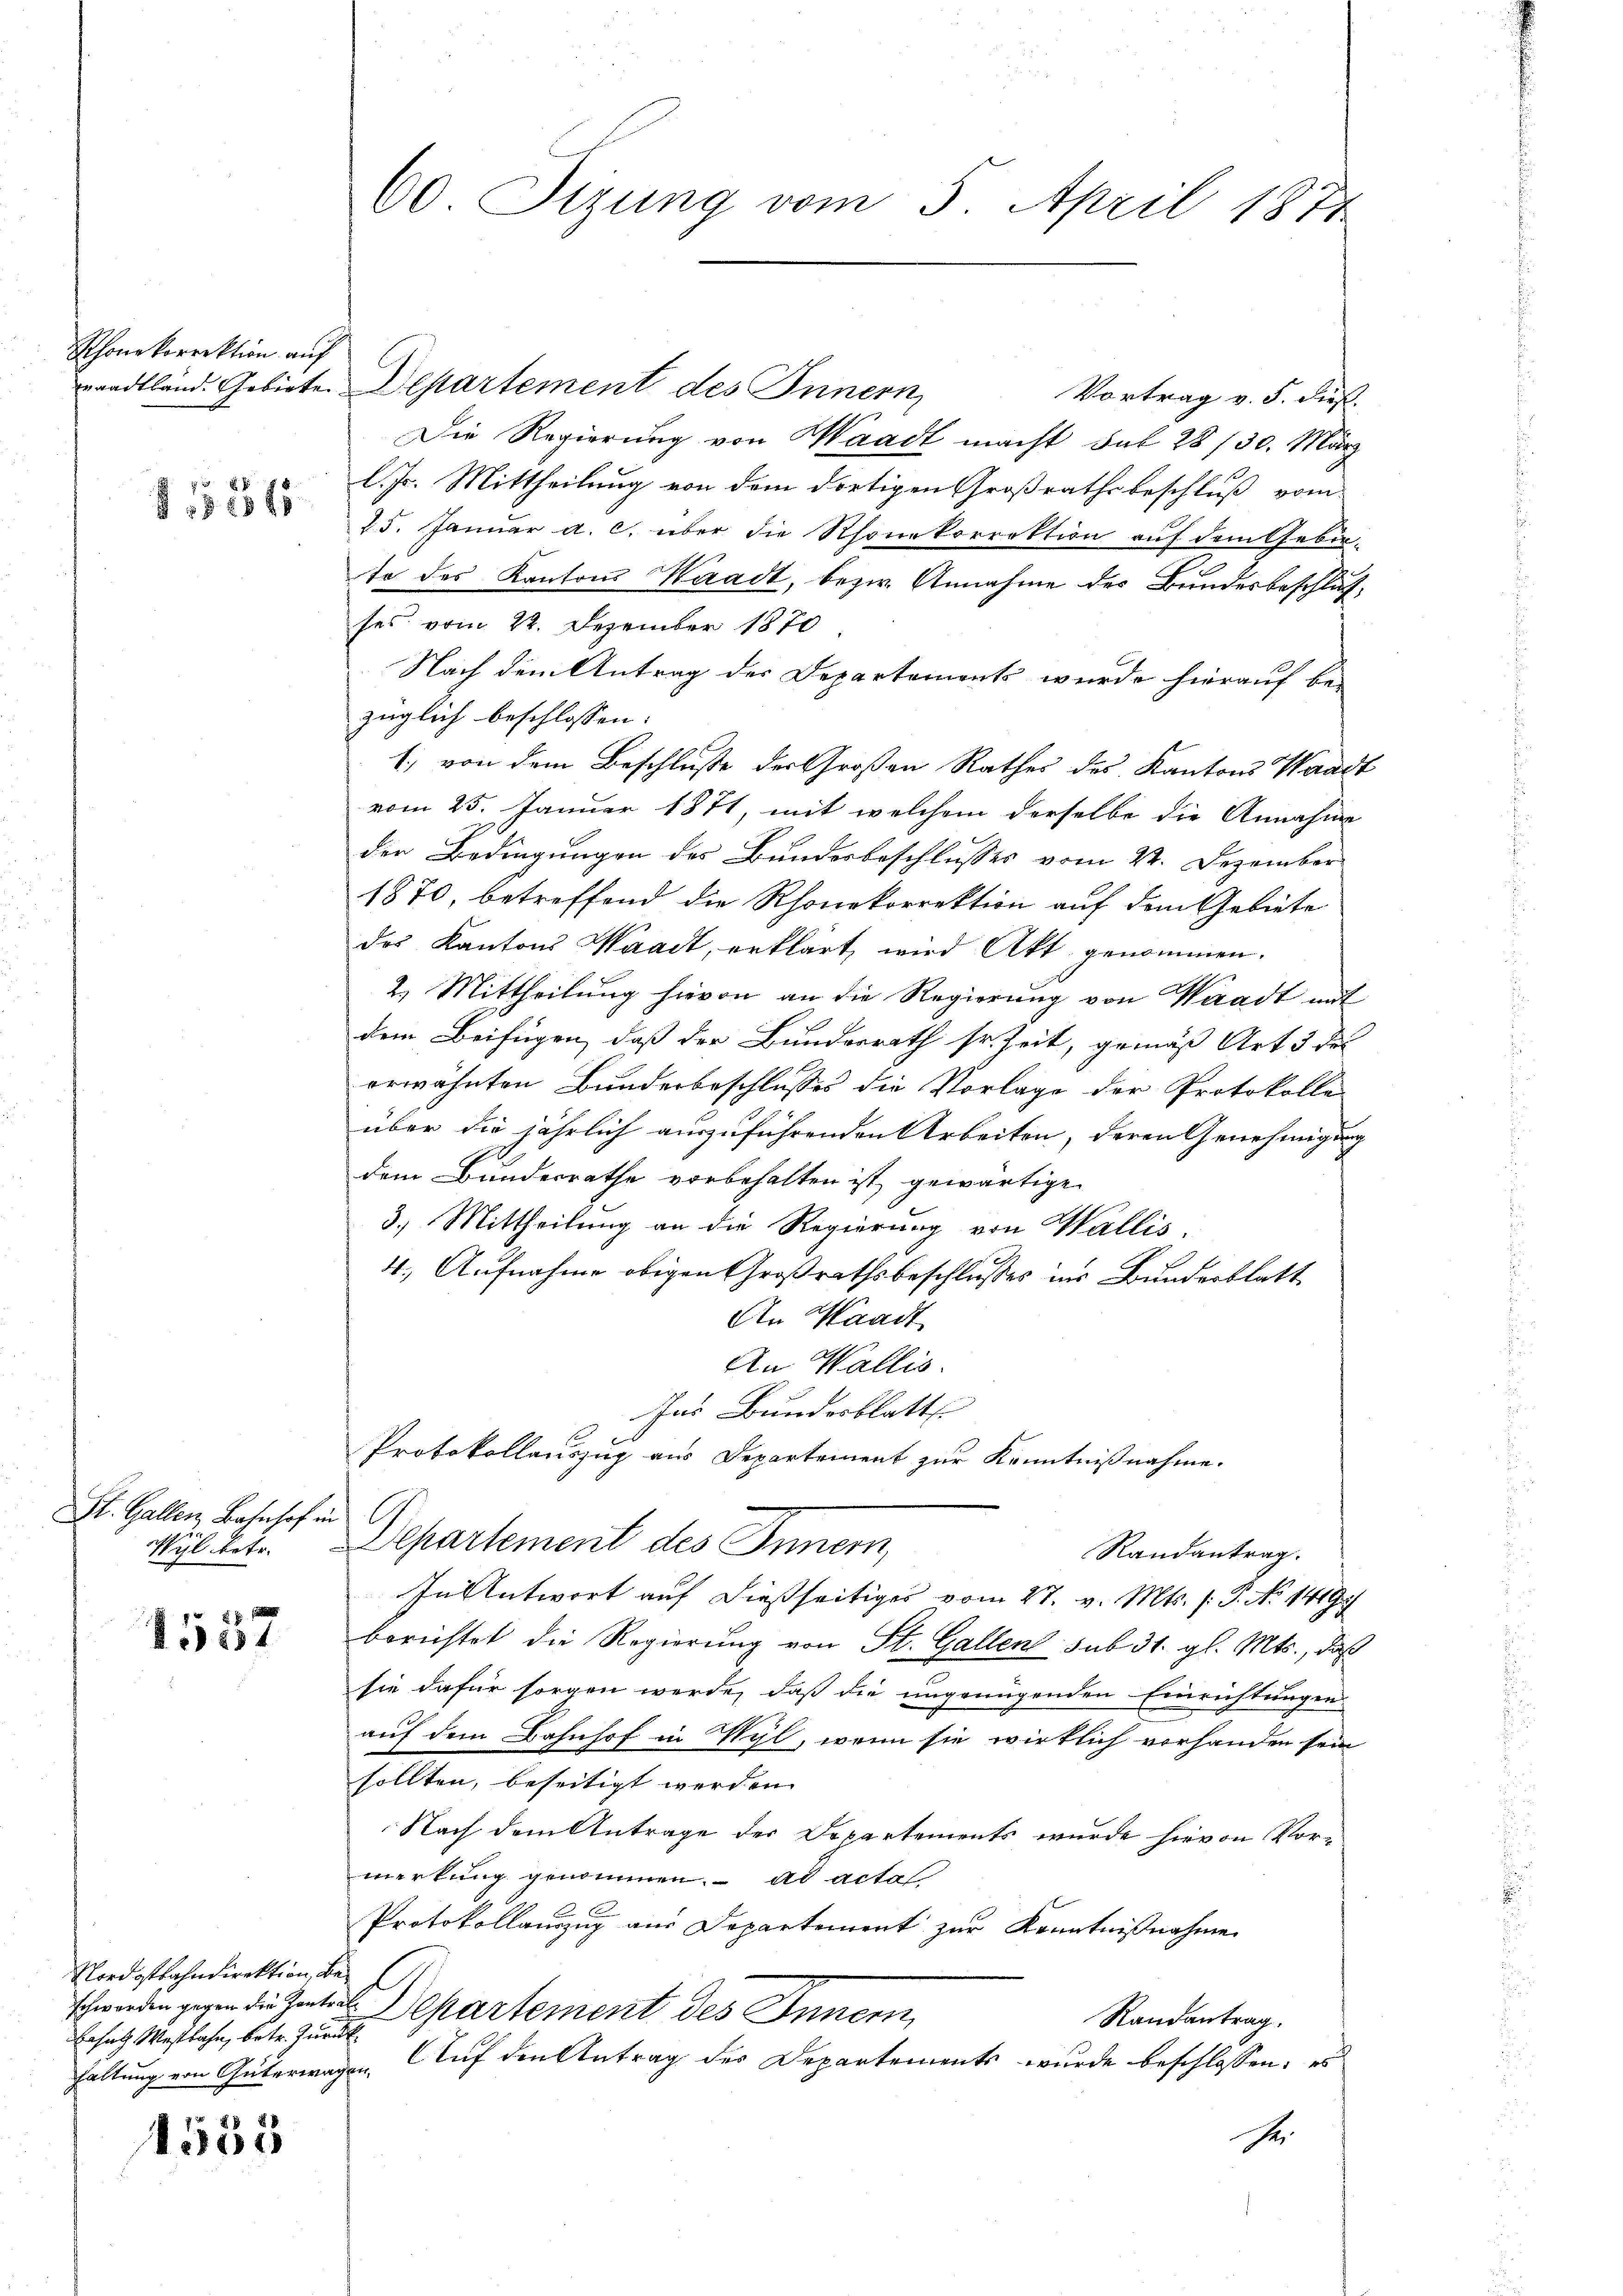
Schöne korrektion auf

1556

St. Gallenz, Bahnhof in

1557

Nordostbahndirektion, bei
Ersatz Westbahn, betr. Zurück

1555

waadtländ. Gebiete. Departement des Innern
Vortrag v. 5. dieß.
Die Regierung von Waadt macht sub 28/30. März
l. Js. Mittheilung von dem dortigen Großrathsbeschluß vom
25. Januar a. c. über die Rhonekorrektion auf dem Gebir-
te des Kantons Waadt, bezw. Annahme des Bundesbeschluß,
ses vom 22. Dezember 1870
Nach dem Antrag der Departements wurde hierauf bezüglich beschlossen: |
1) von dem Beschluße der Großen Rathes des Kantons Waadt
vom 25. Januar 1871, mit welchem derselbe die Annahme
der Bedingungen des Bundesbeschlusses vom 22. Dezember
1870, betreffend die Rhonekorrektion auf dem Gebiete
das Kantons Waadt, erklärt, wird Akt genommen.
2.) Mittheilung hievon an die Regierung von Waadt mit
dem Beifügen, daß der Bundesrath sr. Zeit, gemäß Art 3 de
erwähnten Bunderbeschlusses die Vorlage der Protokolle
über die jährlich auszuführenden Arbeiten, deren Genehmigung
dem Bundesrathe vorbehalten ist gewärtige
3.) Mittheilung an die Regierung von Wallis,
4. Aufnahme obigen Großrathsbeschlusses ins Bunderblatt
An Waadt
An Wallis.
Ins Bundesblatt
Protokollauszug aus Departement zur Kenntnißnahme.
wyl betr. Separtement des Innern,
Randantrag.
In Antwort auf dießseitiges vom 27. v. Mts. (: P. No 14197
berichtet die Regierung von St. Gallen sub 31. gl. Mts., daß
sie dafür sorgen werde, daß die ungenügenden Einrichtungen
auf dem Bahnhof in Wyl, wenn sie wirklich vorhanden sein
sollten, beseitigt werden.
Nach dem Antrage der Departements wurde hievon Vor-
merkung genommen. ad acta
Protokollauszug aus Departement zur Kenntnißnahme
schwerden gegen die Intert Departement des Innern,
Randantrag.
haltung von Güterwagen. Auf den Antrag des Departements wurde beschlossen: es
se

60 Tizung vom 5. April 1871